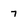
Character: 7